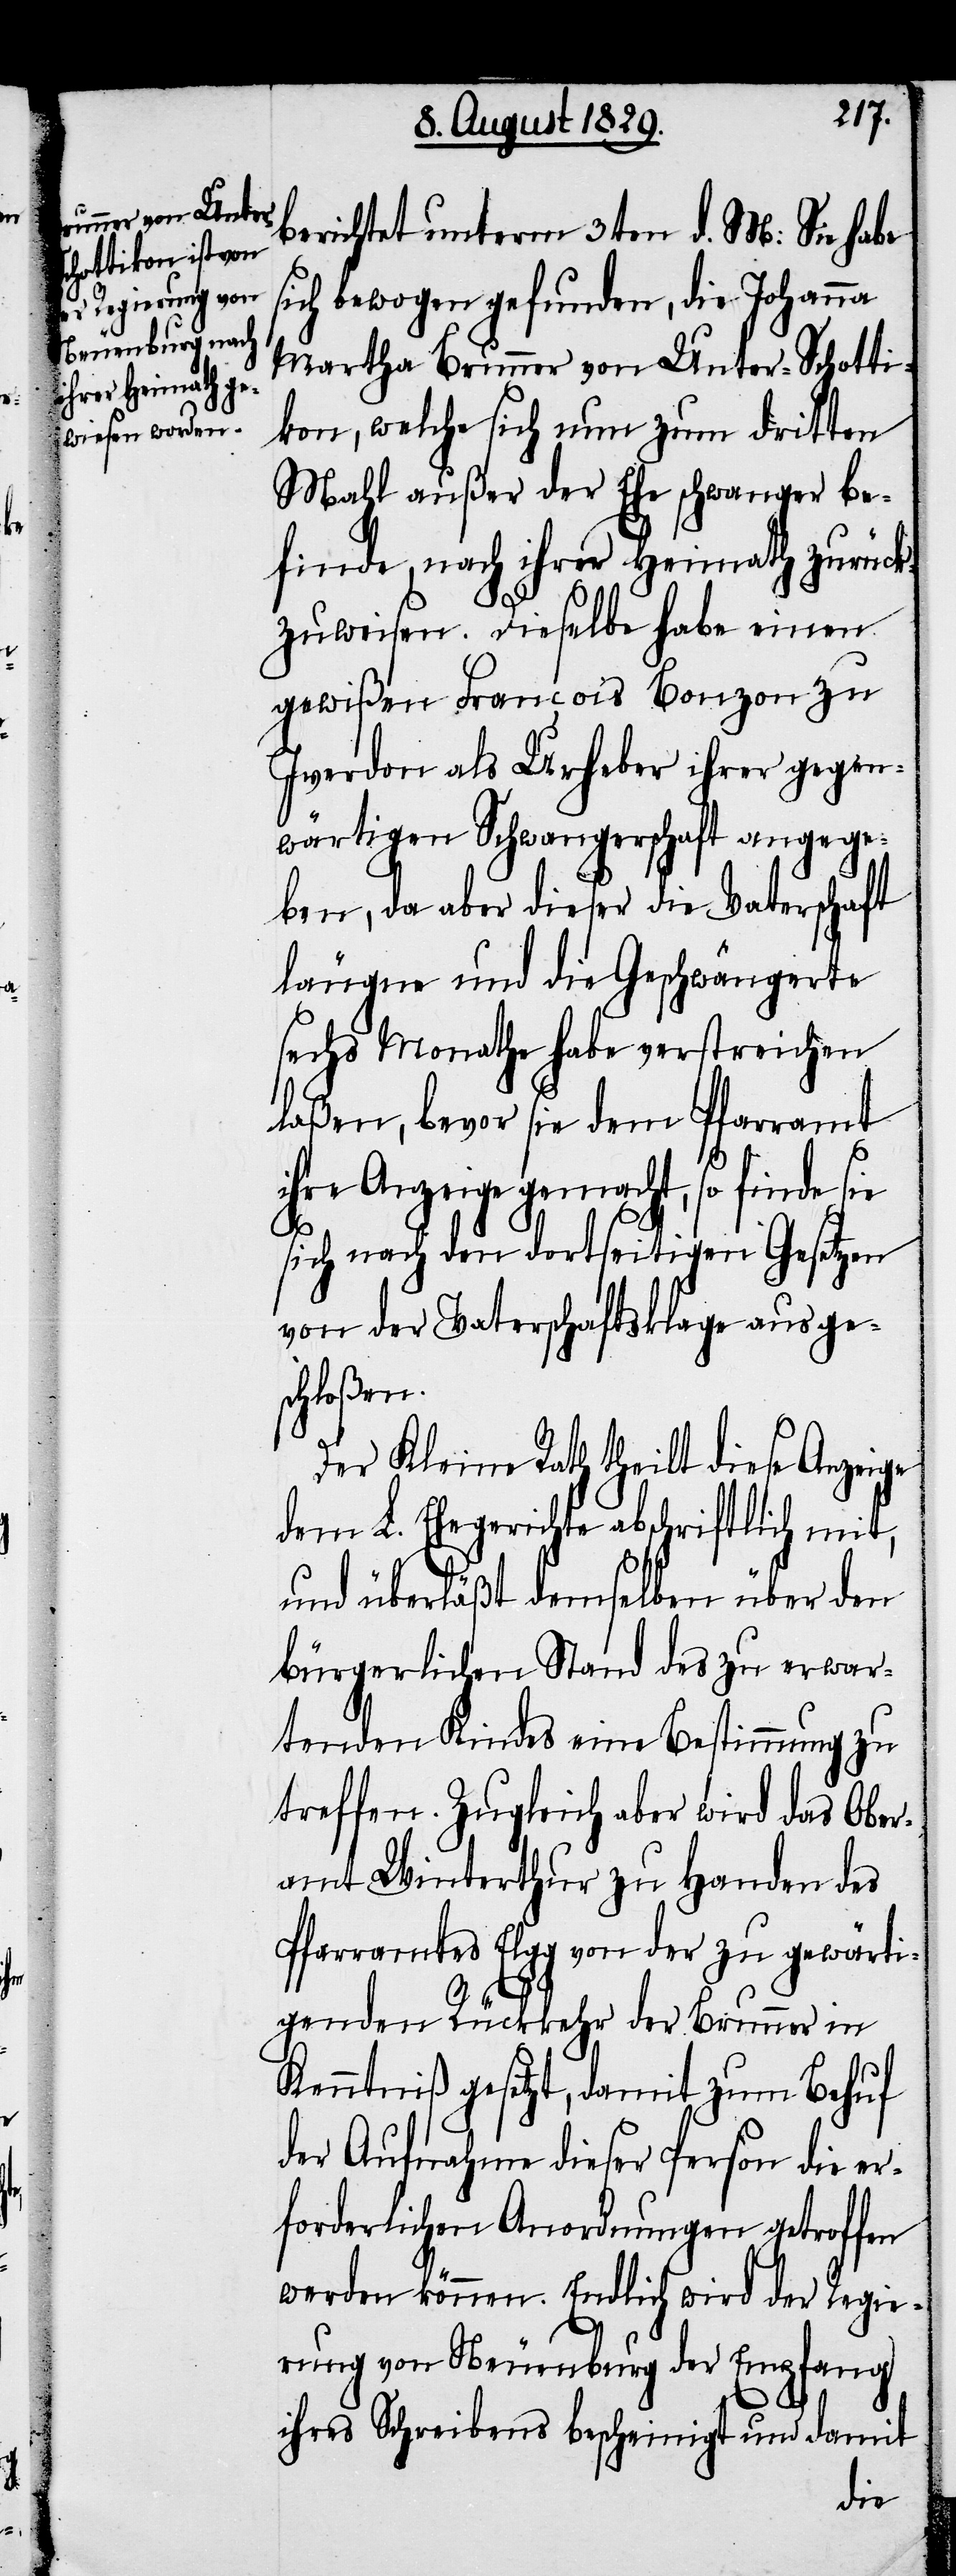
berichtet unterm 3ten d. M: Sie habe
sich bewogen gefunden, die Johanna
Martha Brunner von Unter-Schotti¬
kon, welche sich nun zum dritten
Mahl außer der Ehe schwanger be¬
finde, nach ihrer Heimath zurück¬
zuweisen. Dieselbe habe einen
gewißen François Bonzon zu
Iverdon als Urheber ihrer gegen¬
wärtigen Schwangerschaft angege¬
ben, da aber dieser die Vaterschaft
läugne und die Geschwängerte
sechs Monathe habe verstreichen
laße, bevor sie dem Pfarramt
ihre Anzeige gemacht, so finde sie
sich nach den dortseitigen Gesetzen
von der Vaterschaftsklage ausge¬
schloßen.
Der Kleine Rath theilt diese Anzeige
dem L. Ehegerichte abschriftlich mit,
und überläßt demselben über den
bürgerlichen Stand des zu erwar¬
tenden Kindes eine Bestimmung zu
treffen. Zugleich aber wird das Ober¬
amt Winterthur zu Handen des
Pfarramtes Elgg von der zu gewärti¬
genden Rückkehr der Brunner in
Kenntniß gesetzt, damit zum Behuf
der Aufnahme dieser Person die er¬
forderlichen Anordnungen getroffen
werden könne. Endlich wird der Regie¬
rung von Neuenburg der Empfang
ihres Schreibens bescheinigt und damit